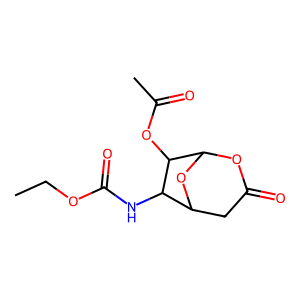
SMILES: CCOC(=O)NC1C2CC(=O)OC(O2)C1OC(C)=O
Inhibits HIV replication: No